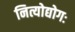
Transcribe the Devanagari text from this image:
नित्योद्योगः